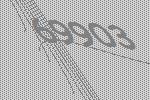
69903